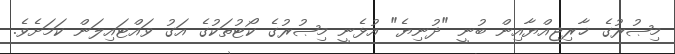
މިޞުރުގެ ޚާރިޖިއްޔާއިން ބުނީ "ދުނިޔެ" އުޅެނީ މިޞުރުގެ ކޯޓުތަކުގެ އަގު ވައްޓައިލަން ކަމަށެވެ.